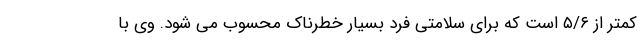
کمتر از ۵/۶ است که برای سلامتی فرد بسیار خطرناک محسوب می شود. وی با